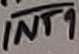
Text: INT1